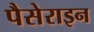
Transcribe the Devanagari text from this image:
पैसेराइन